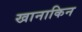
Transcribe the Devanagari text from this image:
खानाकिन